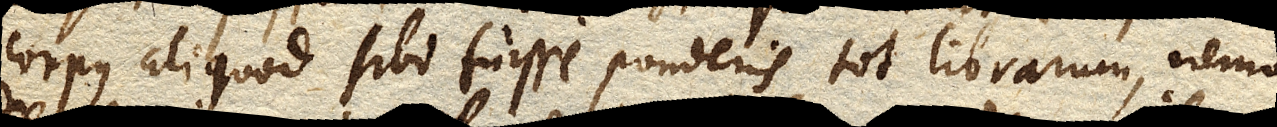
corpus aliquod sibi fuisse ponderis tot librarum, nemo